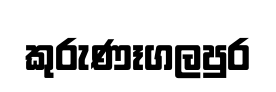
කුරුණෑගලපුර